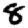
Digit: 8